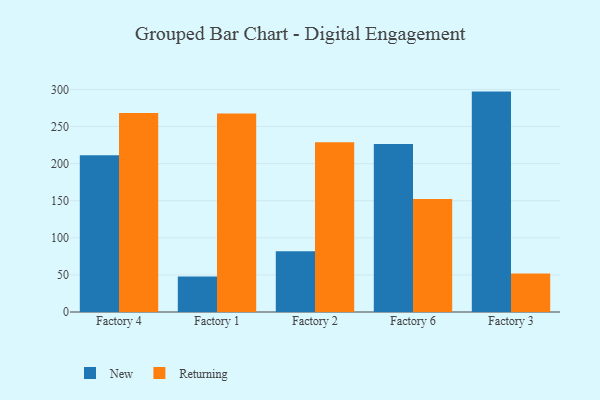
{"axis": {"x": "Factory", "y": "Website Visitors"}, "legend": ["New", "Returning"], "data": [{"x": "Factory 4", "y": 211.3, "type": "New"}, {"x": "Factory 4", "y": 268.4, "type": "Returning"}, {"x": "Factory 1", "y": 47.9, "type": "New"}, {"x": "Factory 1", "y": 267.7, "type": "Returning"}, {"x": "Factory 2", "y": 81.9, "type": "New"}, {"x": "Factory 2", "y": 228.7, "type": "Returning"}, {"x": "Factory 6", "y": 226.4, "type": "New"}, {"x": "Factory 6", "y": 152.2, "type": "Returning"}, {"x": "Factory 3", "y": 297.1, "type": "New"}, {"x": "Factory 3", "y": 51.9, "type": "Returning"}]}